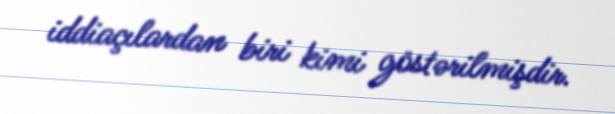
iddiaçılardan biri kimi göstərilmişdir.